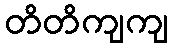
တိတိကျကျ